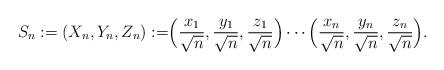
LaTeX: \begin{align*} S_n:=(X_n,Y_n,Z_n):= \Bigr(\frac{x_1}{\sqrt{n}},\frac{y_1}{\sqrt{n}},\frac{z_1}{\sqrt{n}}\Bigr) \cdots \Bigr(\frac{x_n}{\sqrt{n}},\frac{y_n}{\sqrt{n}},\frac{z_n}{\sqrt{n}}\Bigr).\end{align*}